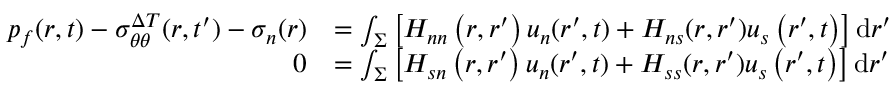
\begin{array} { r l } { p _ { f } ( r , t ) - \sigma _ { \theta \theta } ^ { \Delta T } ( r , t ^ { \prime } ) - \sigma _ { n } ( r ) } & { = \int _ { \Sigma } \left[ H _ { n n } \left( r , r ^ { \prime } \right) u _ { n } ( r ^ { \prime } , t ) + H _ { n s } ( r , r ^ { \prime } ) u _ { s } \left( r ^ { \prime } , t \right) \right] \mathrm { d } r ^ { \prime } } \\ { 0 } & { = \int _ { \Sigma } \left[ H _ { s n } \left( r , r ^ { \prime } \right) u _ { n } ( r ^ { \prime } , t ) + H _ { s s } ( r , r ^ { \prime } ) u _ { s } \left( r ^ { \prime } , t \right) \right] \mathrm { d } r ^ { \prime } } \end{array}